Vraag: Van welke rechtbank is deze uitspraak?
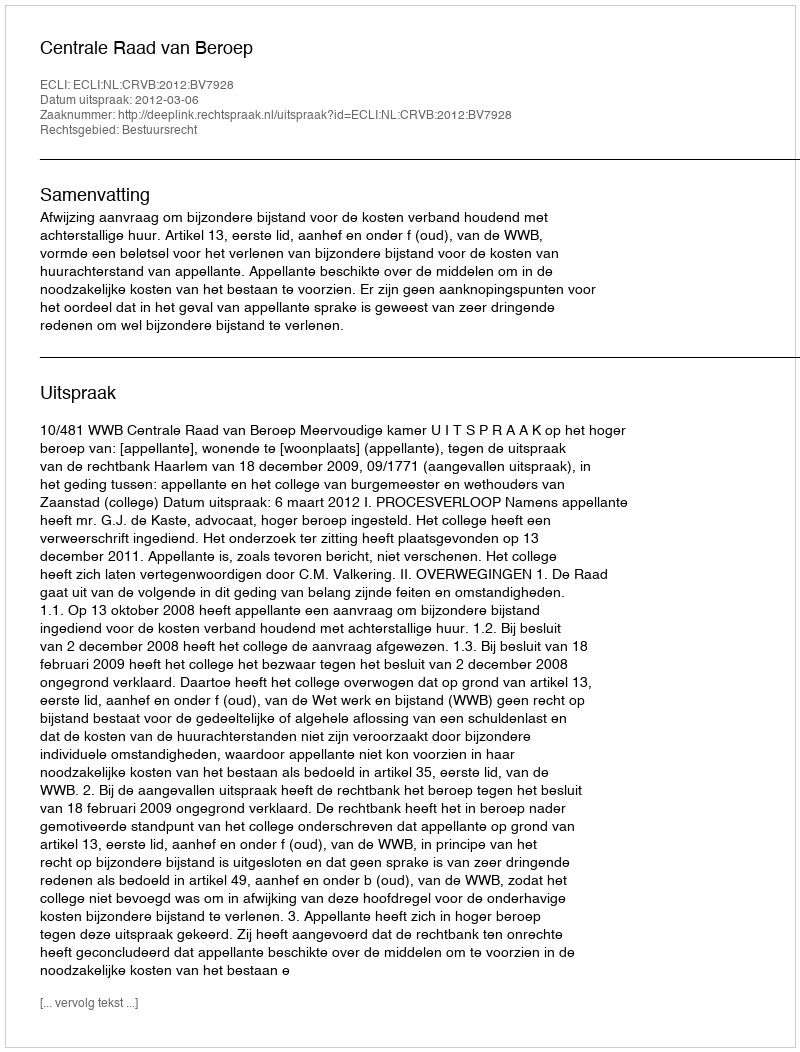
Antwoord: Centrale Raad van Beroep